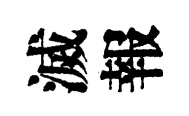
滅報